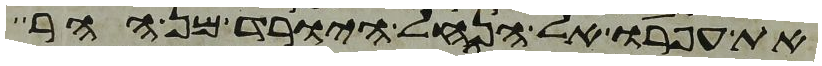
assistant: את עפרו אל הנחל היורד מן ההר